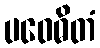
ပဝေဓိတံ